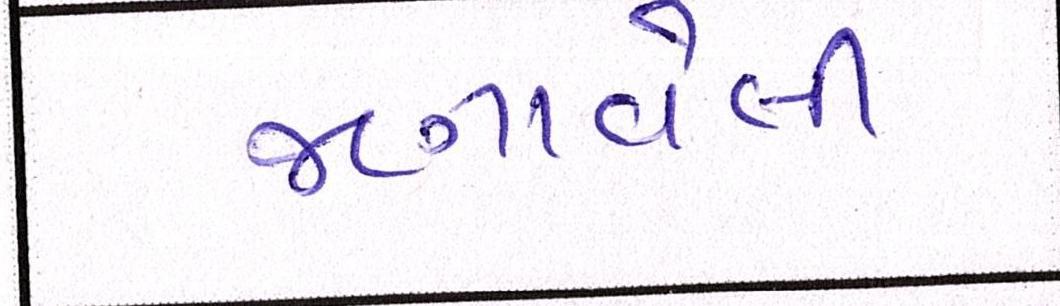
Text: જણાવેલી